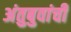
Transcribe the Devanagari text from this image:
अंतुबुवांची